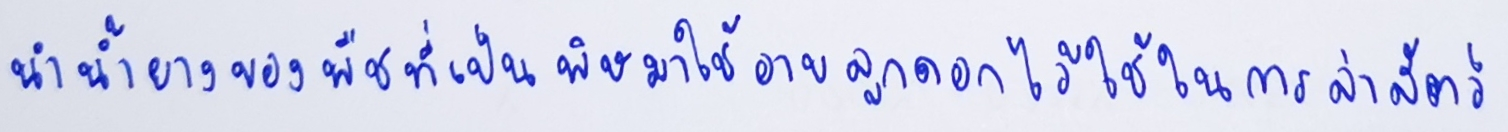
นำน้ำยางของพืชที่เป็นพิษมาใช้อาบลูกดอกไว้ใช้ในการล่าสัตว์